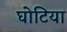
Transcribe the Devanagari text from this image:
घोटिया